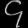
Digit: ၄